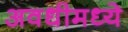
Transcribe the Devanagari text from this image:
अवधीमध्ये